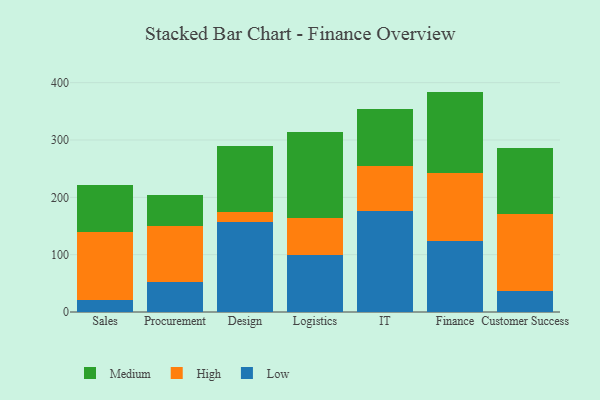
{"axis": {"x": "Department", "y": "Demand Index"}, "legend": ["High", "Low", "Medium"], "data": [{"x": "Sales", "y": 21.1, "type": "Low"}, {"x": "Sales", "y": 119.3, "type": "High"}, {"x": "Sales", "y": 81.5, "type": "Medium"}, {"x": "Procurement", "y": 53.0, "type": "Low"}, {"x": "Procurement", "y": 96.2, "type": "High"}, {"x": "Procurement", "y": 55.4, "type": "Medium"}, {"x": "Design", "y": 157.0, "type": "Low"}, {"x": "Design", "y": 16.9, "type": "High"}, {"x": "Design", "y": 115.8, "type": "Medium"}, {"x": "Logistics", "y": 99.6, "type": "Low"}, {"x": "Logistics", "y": 63.6, "type": "High"}, {"x": "Logistics", "y": 150.8, "type": "Medium"}, {"x": "IT", "y": 175.5, "type": "Low"}, {"x": "IT", "y": 79.2, "type": "High"}, {"x": "IT", "y": 99.1, "type": "Medium"}, {"x": "Finance", "y": 124.7, "type": "Low"}, {"x": "Finance", "y": 118.3, "type": "High"}, {"x": "Finance", "y": 141.4, "type": "Medium"}, {"x": "Customer Success", "y": 36.6, "type": "Low"}, {"x": "Customer Success", "y": 133.7, "type": "High"}, {"x": "Customer Success", "y": 116.3, "type": "Medium"}]}